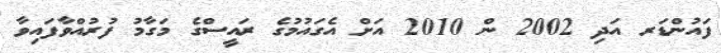
ފައުންޑަރ އަދި 2002 ން 2010 އަށް އެގައުމުގެ ރައީސްގެ މަގާމު ފުރުއްވާފައިވާ